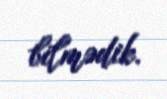
bilmədik.